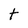
Character: t